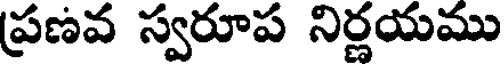
ప్రణవ స్వరూప నిర్ణయము